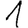
Digit: 1